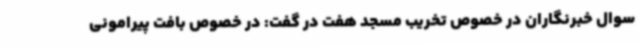
سوال خبرنگاران در خصوص تخریب مسجد هفت در گفت: در خصوص بافت پیرامونی